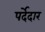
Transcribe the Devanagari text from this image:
पर्देदार